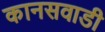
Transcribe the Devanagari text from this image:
कानसवाडी